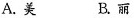
A.美 B.丽